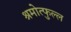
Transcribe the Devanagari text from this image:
श्रमोत्फुल्ल